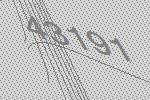
43191